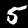
Digit: 5